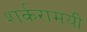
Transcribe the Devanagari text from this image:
शर्करामयी